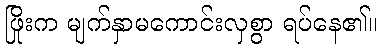
ဖြိုးက မျက်နှာမကောင်းလှစွာ ရပ်နေ၏။